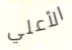
الأعلي